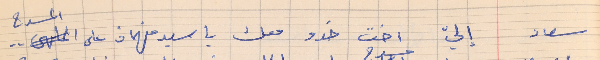
سعاد   إليّ اخت خدو معك يا سيد فهمان على المسرح . .